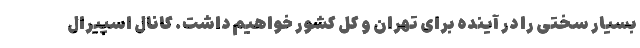
بسیار سختی را در آینده برای تهران و کل کشور خواهیم داشت. کانال اسپیرال